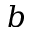
b